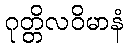
ဂုတ္တိလဝိမာနံ